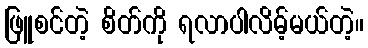
ဖြူစင်တဲ့ စိတ်ကို ရလာပါလိမ့်မယ်တဲ့။